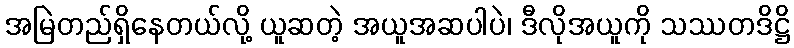
အမြဲတည်ရှိနေတယ်လို့ ယူဆတဲ့ အယူအဆပါပဲ၊ ဒီလိုအယူကို သဿတဒိဋ္ဌိ